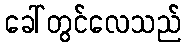
ခေါ်တွင်လေသည်